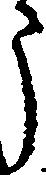
う